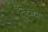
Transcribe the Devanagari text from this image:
विसन